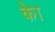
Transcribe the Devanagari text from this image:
काेे